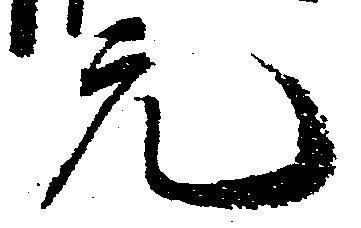
元